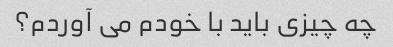
چه چیزی باید با خودم می آوردم؟